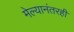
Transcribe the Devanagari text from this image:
मेल्यानंतरही